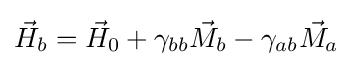
{\vec {H}}_{b}={\vec {H}}_{0}+\gamma _{bb}{\vec {M}}_{b}-\gamma _{ab}{\vec {M}}_{a}